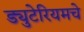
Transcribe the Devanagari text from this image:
ड्युटेरियमचे